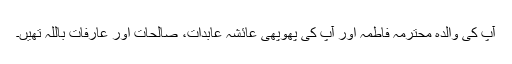
آپ کی والدہ محترمہ فاطمہ اور آپ کی پھوپھی عائشہ عابدات، صالحات اور عارفات باللہ تھیں۔